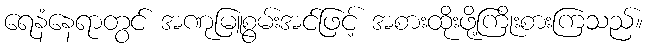
ရေနံနေရာတွင် အဏုမြူစွမ်းအင်ဖြင့် အစားထိုးဖို့ကြိုးစားကြသည်။